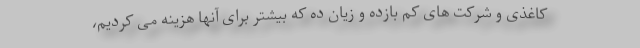
کاغذی و شرکت های کم بازده و زیان ده که بیشتر برای آنها هزینه می کردیم،